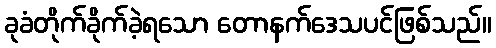
ခုခံတိုက်ခိုက်ခဲ့ရသော တောနက်ဒေသပင်ဖြစ်သည်။